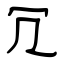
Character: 冗